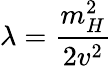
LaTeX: \lambda={\frac{m_{H}^{2}}{2v^{2}}}